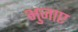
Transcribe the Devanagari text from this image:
भुजाए